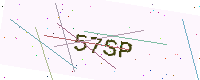
Text: 57SP